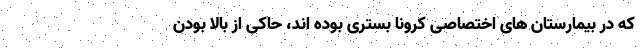
که در بیمارستان های اختصاصی کرونا بستری بوده اند، حاکی از بالا بودن